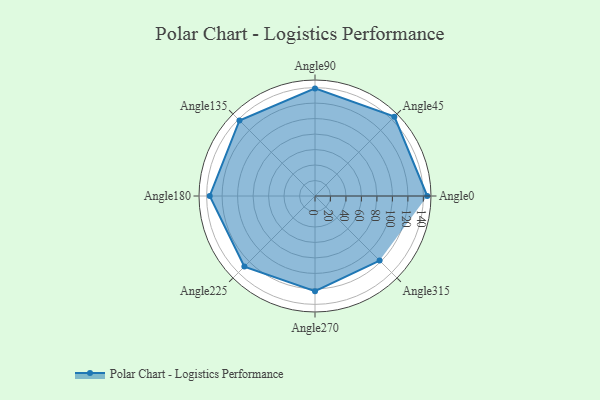
{"axis": {"x": "Angle", "y": "Radius"}, "legend": [""], "data": [{"x": "Angle0", "y": 145.0, "type": ""}, {"x": "Angle45", "y": 145.0, "type": ""}, {"x": "Angle90", "y": 139.0, "type": ""}, {"x": "Angle135", "y": 138.0, "type": ""}, {"x": "Angle180", "y": 136.0, "type": ""}, {"x": "Angle225", "y": 129.0, "type": ""}, {"x": "Angle270", "y": 123.0, "type": ""}, {"x": "Angle315", "y": 118.0, "type": ""}]}